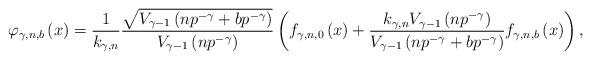
LaTeX: \begin{align*}\varphi_{\gamma,n,b}\left(x\right)=\dfrac{1}{k_{\gamma,n}}\dfrac{\sqrt{V_{\gamma-1}\left(np^{-\gamma}+bp^{-\gamma}\right)}}{V_{\gamma-1}\left(np^{-\gamma}\right)}\left(f_{\gamma,n,0}\left(x\right)+\dfrac{k_{\gamma,n}V_{\gamma-1}\left(np^{-\gamma}\right)}{V_{\gamma-1}\left(np^{-\gamma}+bp^{-\gamma}\right)}f_{\gamma,n,b}\left(x\right)\right),\end{align*}